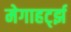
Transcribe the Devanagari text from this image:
मेगाहर्ट्झ